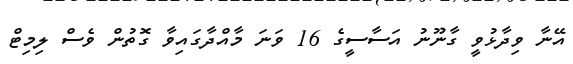
އޭނާ ވިދާޅުވީ ގާނޫނު އަސާސީގެ 16 ވަނަ މާއްދާގައިވާ ގޮތުން ވެސް ލިމިޓް